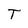
Character: T